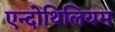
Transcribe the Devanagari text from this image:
एन्दोथिलियम